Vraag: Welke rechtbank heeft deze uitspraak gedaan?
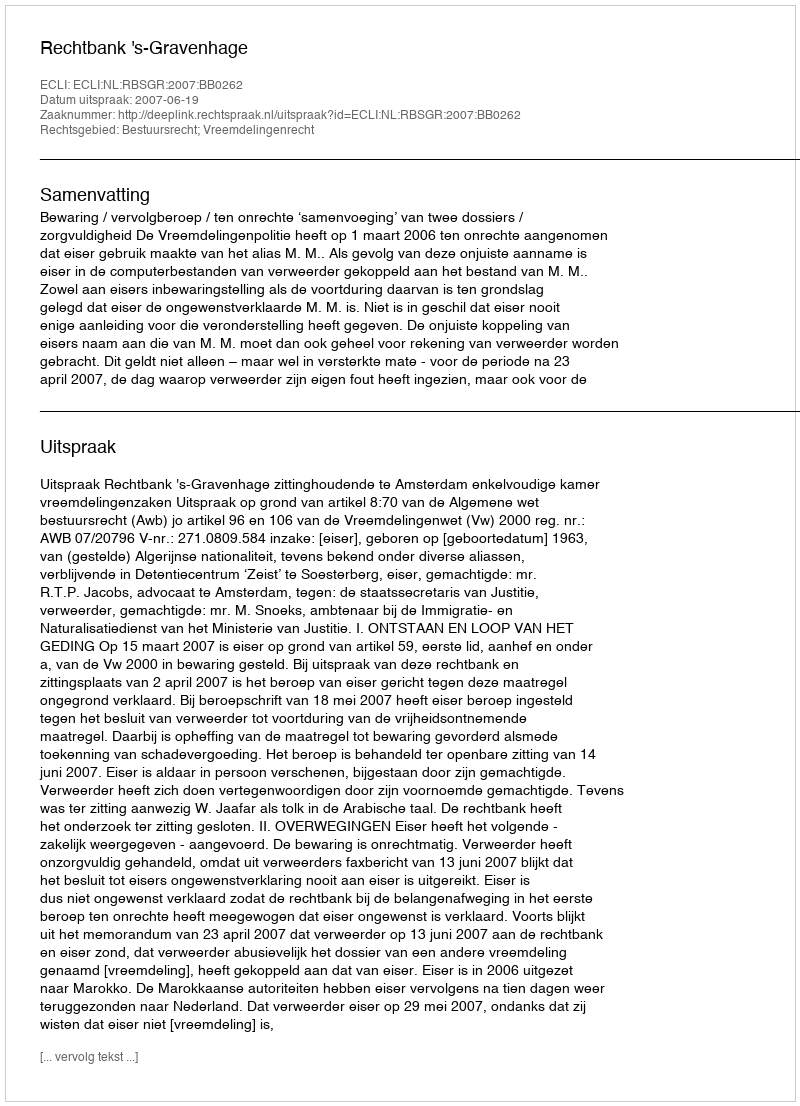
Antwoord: Rechtbank 's-Gravenhage